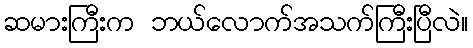
ဆမားကြီးက ဘယ်လောက်အသက်ကြီးပြီလဲ။